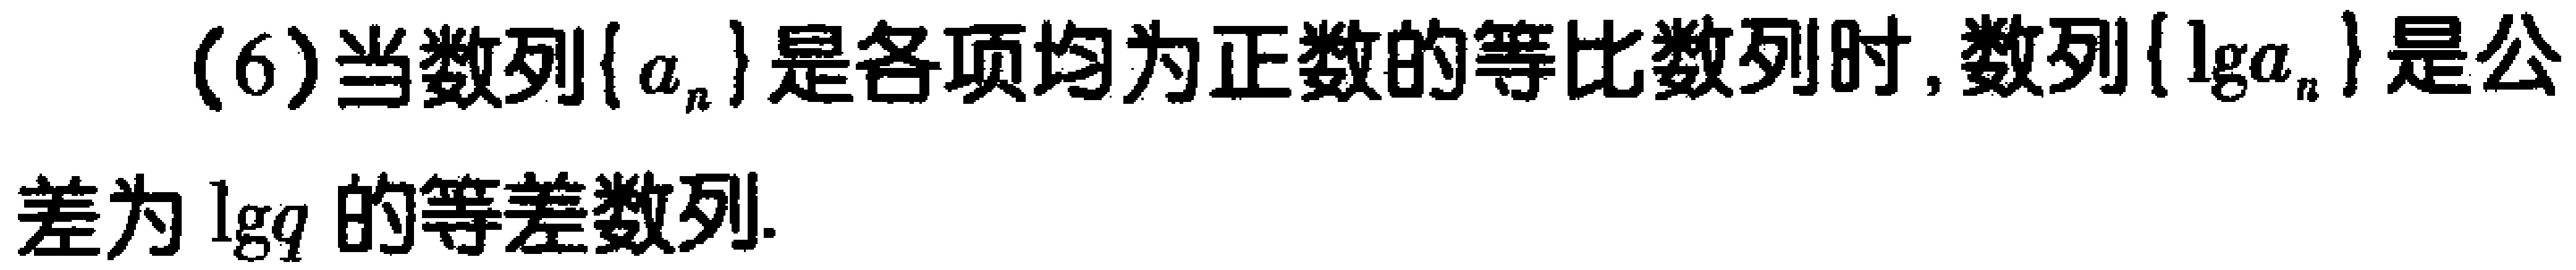
(6)当数列\(\{ a_{n}\}\)是各项均为正数的等比数列时, 数列\(\{ \lg a_{n}\}\)是公
差为\(\lg q\)的等差数列.